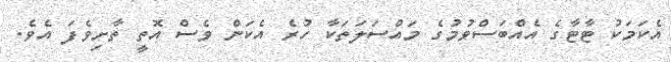
އެކަމަކު ޓާޓާގެ އެއްބަސްވުމުގެ މައްސަލަތަކާ ހުރެ އެކަން ވެސް އޮތީ ތާށިވެފަ އެވެ.